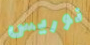
نوريس